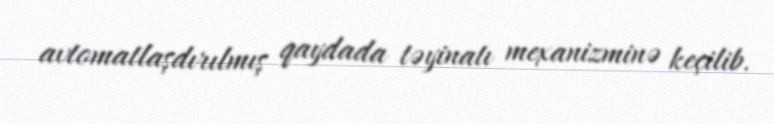
avtomatlaşdırılmış qaydada təyinatı mexanizminə keçilib.